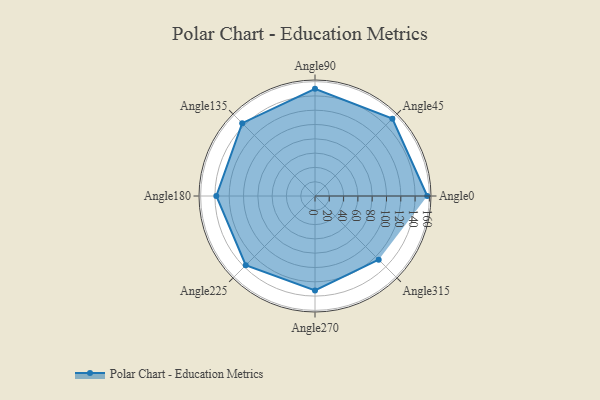
{"axis": {"x": "Angle", "y": "Radius"}, "legend": [""], "data": [{"x": "Angle0", "y": 157.0, "type": ""}, {"x": "Angle45", "y": 153.0, "type": ""}, {"x": "Angle90", "y": 150.0, "type": ""}, {"x": "Angle135", "y": 144.0, "type": ""}, {"x": "Angle180", "y": 138.0, "type": ""}, {"x": "Angle225", "y": 137.0, "type": ""}, {"x": "Angle270", "y": 132.0, "type": ""}, {"x": "Angle315", "y": 126.0, "type": ""}]}